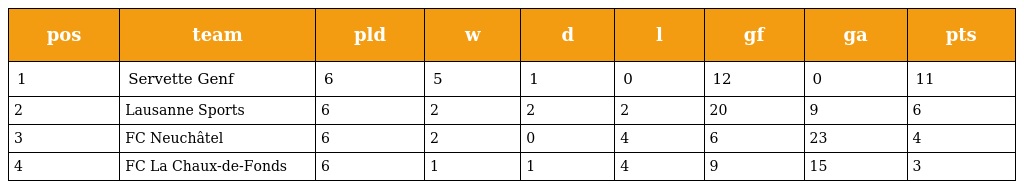
| pos | team | pld | w | d | l | gf | ga | pts |
 | --- | --- | --- | --- | --- | --- | --- | --- | --- |
 | 1 | Servette Genf | 6 | 5 | 1 | 0 | 12 | 0 | 11 |
 | 2 | Lausanne Sports | 6 | 2 | 2 | 2 | 20 | 9 | 6 |
 | 3 | FC Neuchâtel | 6 | 2 | 0 | 4 | 6 | 23 | 4 |
 | 4 | FC La Chaux-de-Fonds | 6 | 1 | 1 | 4 | 9 | 15 | 3 |